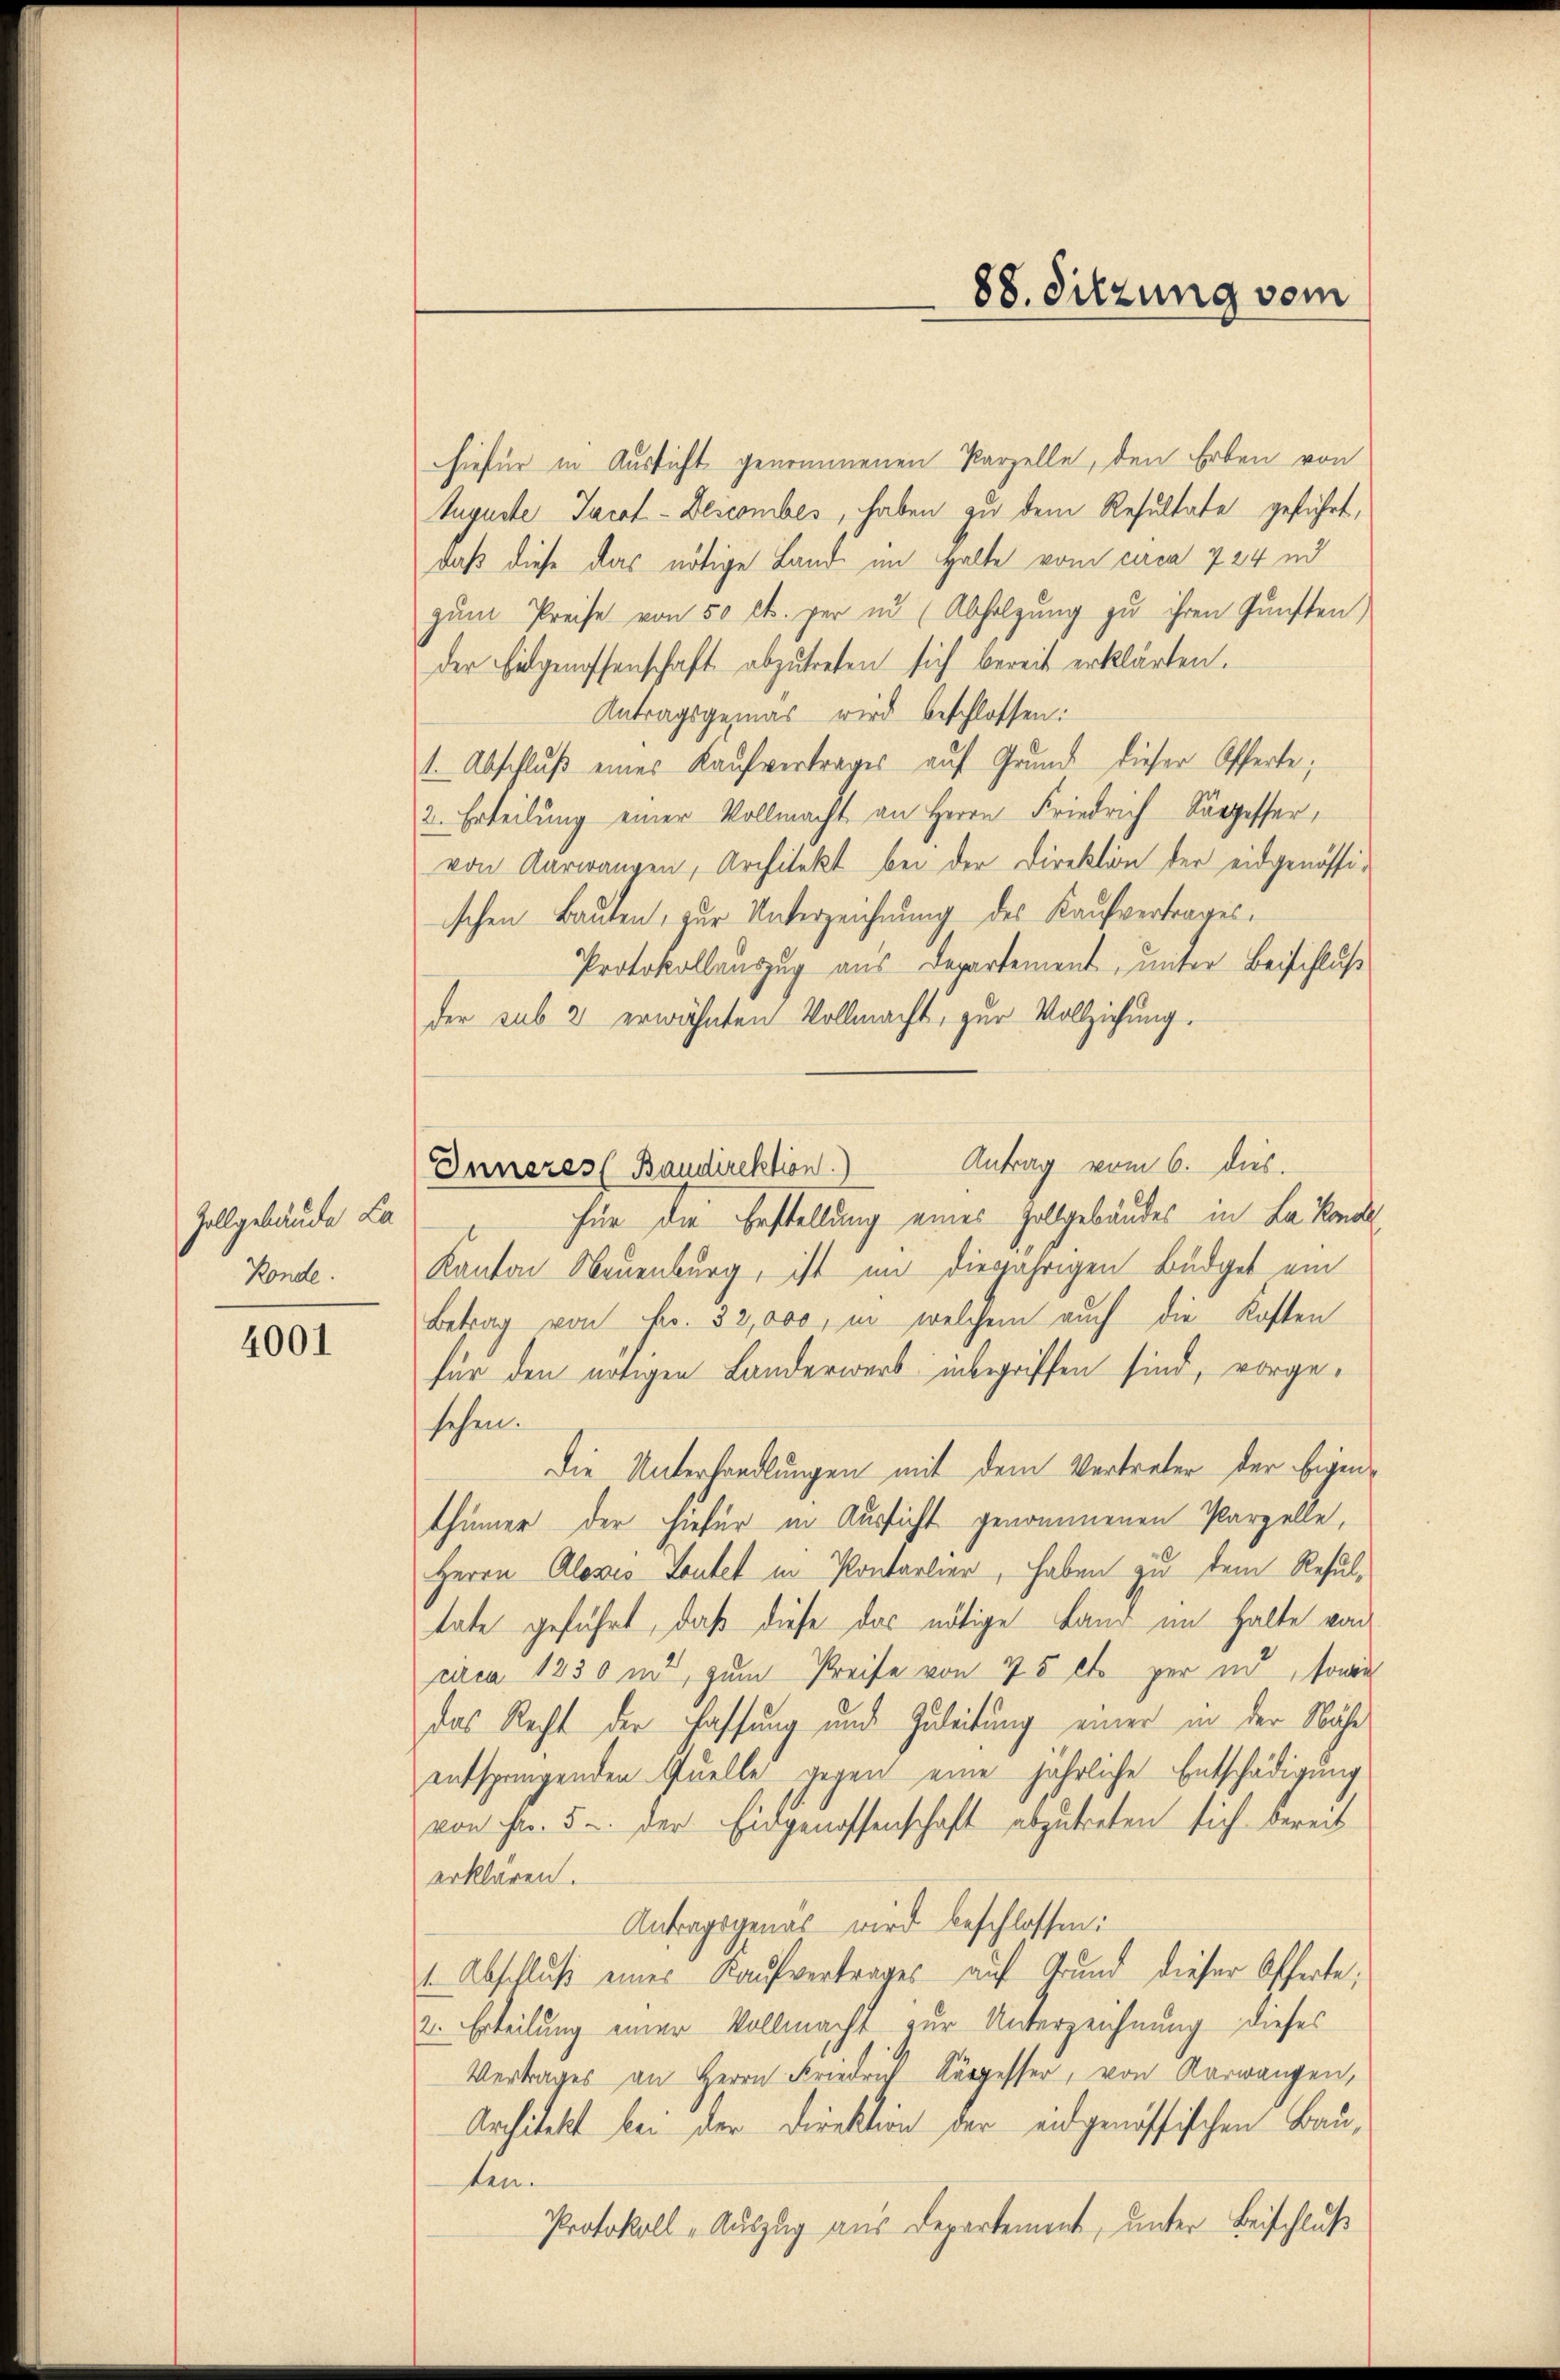
Zollgebäude La
Konde.

4001

Inneres (Baudirektion) Antrag vom 6. dies.

88. Sitzung vom

hiefür in Aussicht genommenen Parzelle, den Erben von
Auguste Jacot-Deicomber, haben zu dem Resultate geführt,
daß diese das nötige Land im Halte vom circa 724 d
zŭm Preise von 50 l. per in (Abfolgung zu ihren Gunsten)
der Eidgenossenschaft abzutreten sich bereit erklärten.
Antragsgemäs wird beschlossen:
1. Abschluß eines Kaufvertrages auf Grund dieser Offerte;
2. Erteilung einer Vollmacht an Herrn Friedrich Sorgesser,
von Aarwangen, Architekt bei der Direktion der eidgenössi-
schen Bauten, zur Unterzeichnung des Kaufvertrages,
Protokollauszug aus Departement, unter Beischluß
der sub 2 erwähnten Vollmacht, zur Vollziehung.
für die Erstellung eines Zollgebäudes in La kon
Kanton Neuenburg, ist im diesjährigen Büdget ein
Betrag von Fr. 32,000, in welchem auch die Kosten
für den nötigen Landerwerb inbegriffen sind, vorgesehen.
Die Unterhandlungen mit dem Vertreter der Eigenthümer der hiefür in Aussicht genommenen Parzelle,
Herrn Aloses Leutet in Kontarlier, haben zu dem Resultate geführt, daß diese das nötige Land im Halte von
urca 1830 und zum Preise von 75 et per in, sowie
das Recht der Fassung und Zuleitung einer in der Nähe
entspringenden Quelle gegen eine jährliche Entschädigung
von Fr. 5. der Eidgenossenschaft abzutreten sich bereit
erklären.
Antragsgenas wird beschlossen:
1 Abschluß eines Kaufvertrages auf Grund dieser Offerte,
2. Erteilung einer Vollmacht zur Unterzeichnung dieses
Vertrages an Herrn Friedrich Kärgesser, von Aarwangen,
Architekt bei der Direktion der eidgenössischen Bauten.
Protokoll - Auszug aus Departement, unter Beschluß